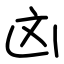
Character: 㓙